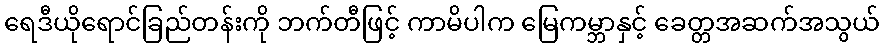
ရေဒီယိုရောင်ခြည်တန်းကို ဘက်တီဖြင့် ကာမိပါက မြေကမ္ဘာနှင့် ခေတ္တအဆက်အသွယ်